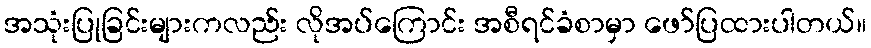
အသုံးပြုခြင်းများကလည်း လိုအပ်ကြောင်း အစီရင်ခံစာမှာ ဖော်ပြထားပါတယ်။